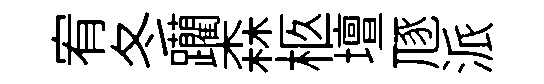
宥冬躪森柩壇豗派